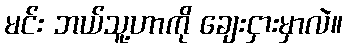
မင်း ဘယ်သူ့ဟာကို ချေးငှားမှာလဲ။